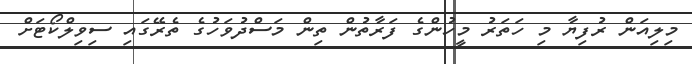
މިލިއަން ރުފިޔާ މި ހަތަރު މީހުންގެ ފަރާތުން ތިން މަސްދުވަހުގެ ތެރޭގައި ސިވިލްކޯޓަށް